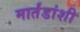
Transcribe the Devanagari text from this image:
मार्तंडांशी